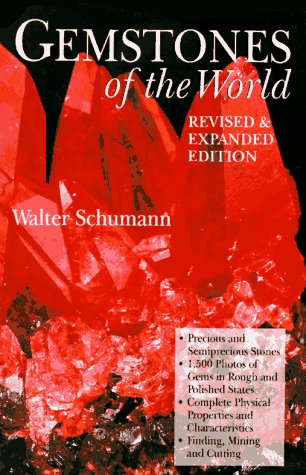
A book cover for Gemstones of the World, Revised Edition; Walter Schumann; Science & Math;